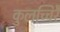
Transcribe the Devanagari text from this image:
कुलच्चिरै